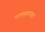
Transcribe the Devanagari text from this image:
कलहावांचून